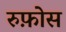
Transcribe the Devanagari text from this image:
रुफ़ोस